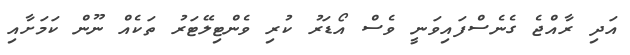
އަދި ރާއްޖެ ގެނެސްފައިވަނީ ވެސް އޯޑަރު ކުރި ވެންޓިލޭޓަރު ތަކެއް ނޫން ކަމަށާއި